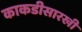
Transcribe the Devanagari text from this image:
काकडीसारखी